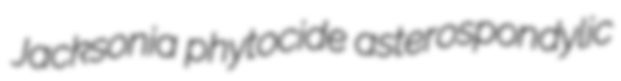
Jacksonia phytocide asterospondylic